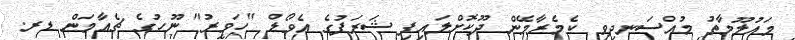
މައުލޫމާތު މުއްސަނދިވި ކެމެރާމޭން ދޫކޮށްލައިފި ޝަރަފުގެ އެވޯޑް "ހަވީރު" ނޫހުގެ ޗެއާމަން ޑރ.